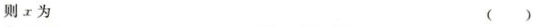
则x为 ( )